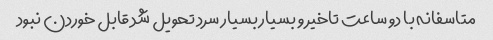
متاسفانه با دو ساعت تاخیر و بسیار بسیار سرد تحویل شد قابل خوردن نبود